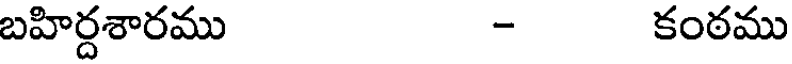
బహిర్దశారము - కంఠము